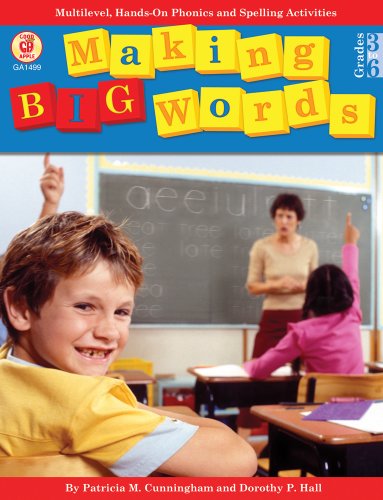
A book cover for Making Big Words: Multilevel, Hands-On Spelling and Phonics Activities (A Good Apple Language Arts Activity Book for Grades 3-6); Patricia M. Cunningham; Reference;